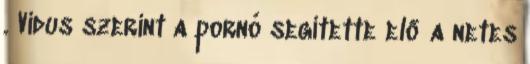
. Vidus szerint a pornó segítette elő a netes